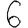
Digit: 6